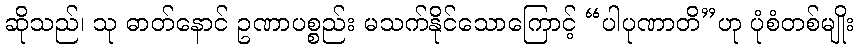
ဆိုသည်၊ သု ဓာတ်နောင် ဥဏာပစ္စည်း မသက်နိုင်သောကြောင့် “ပါပုဏာတိ”ဟု ပုံစံတစ်မျိုး